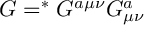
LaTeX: { \cal G } = ^ { \ast } G ^ { a \mu \nu } G _ { \mu \nu } ^ { a }